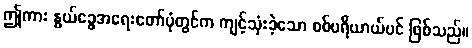
ဤကား နွယ်ခွေအရေးတော်ပုံတွင်က ကျင့်သုံးခဲ့သော စစ်ပရိယာယ်ပင် ဖြစ်သည်။